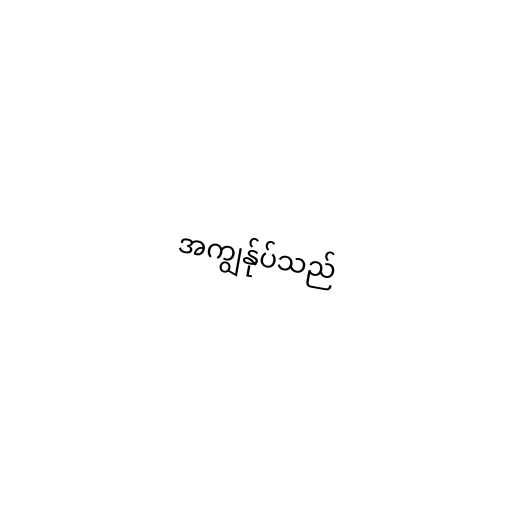
အကျွန်ုပ်သည်